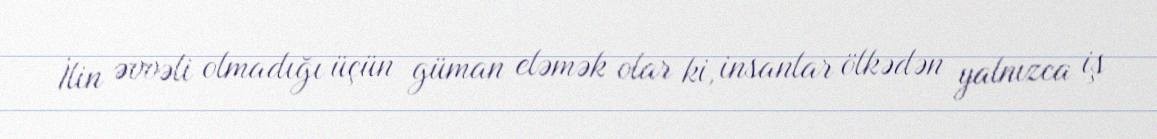
İlin əvvəli olmadığı üçün güman eləmək olar ki, insanlar ölkədən yalnızca iş